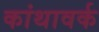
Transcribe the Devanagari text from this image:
कांथावर्क